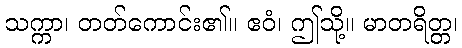
သက္ကာ၊ တတ်ကောင်း၏။ ဧဝံ၊ ဤသို့။ မာတရိတ္တ၊